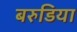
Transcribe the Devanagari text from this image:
बरुडिया